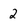
Character: 2